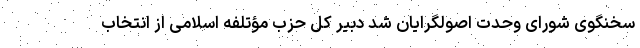
سخنگوی شورای وحدت اصولگرایان شد دبیر کل حزب مؤتلفه اسلامی از انتخاب